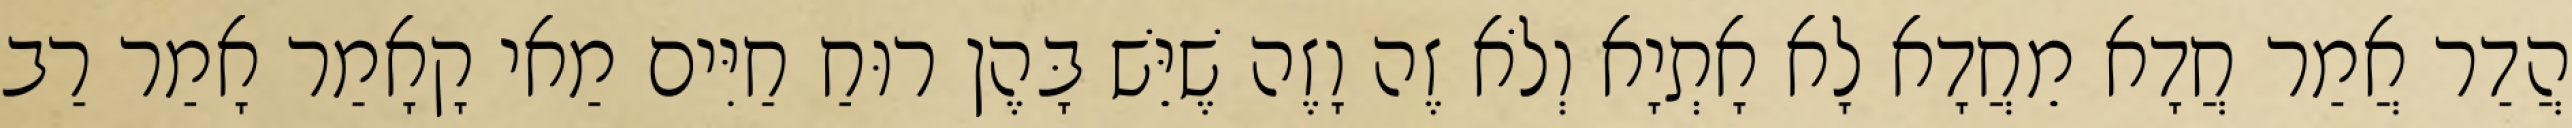
הֲדַר אֲמַר חֲדָא מֵחֲדָא לָא אָתְיָא וְלֹא זֶה וָזֶה שֶׁיֵּשׁ בָּהֶן רוּחַ חַיִּים מַאי קָאָמַר אָמַר רַב